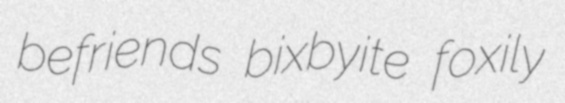
befriends bixbyite foxily